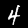
Digit: 4